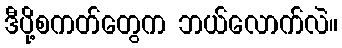
ဒီပို့စကတ်တွေက ဘယ်လောက်လဲ။